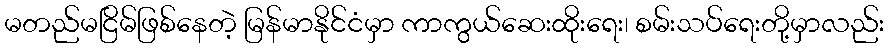
မတည်မငြိမ်ဖြစ်နေတဲ့ မြန်မာနိုင်ငံမှာ ကာကွယ်ဆေးထိုးရေး၊ စမ်းသပ်ရေးတို့မှာလည်း